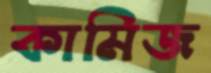
কামিজ